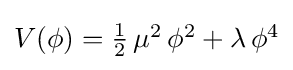
{\textstyle V(\phi )={\frac {1}{2}}\,\mu ^{2}\,\phi ^{2}+\lambda \,\phi ^{4}}